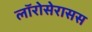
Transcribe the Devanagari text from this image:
लॉरोसेरासस